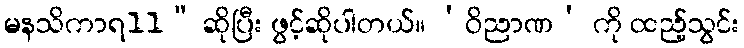
မနသိကာရ11” ဆိုပြီး ဖွင့်ဆိုပါတယ်။ ‘ဝိညာဏ’ ကို ထည့်သွင်း